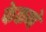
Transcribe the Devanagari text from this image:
फेकणे